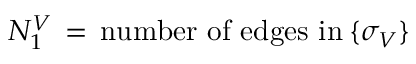
N _ { 1 } ^ { V } \, = \, \mathrm { n u m b e r ~ o f ~ e d g e s ~ i n } \: \{ \sigma _ { V } \}